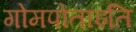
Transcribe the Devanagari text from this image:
गोमपोताइति